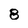
Character: 8